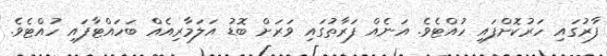
ފާރުގައި ހަރުކޮށްފައި ހުއްޓެވެ. އަނެއް ފަރާތުގައި ވަރަށް ބޮޑު އަލަމާރިއެއް ބަހައްޓާފައި ހުއްޓެވެ.